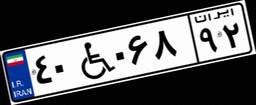
۹۹W۱۲۳۴۱